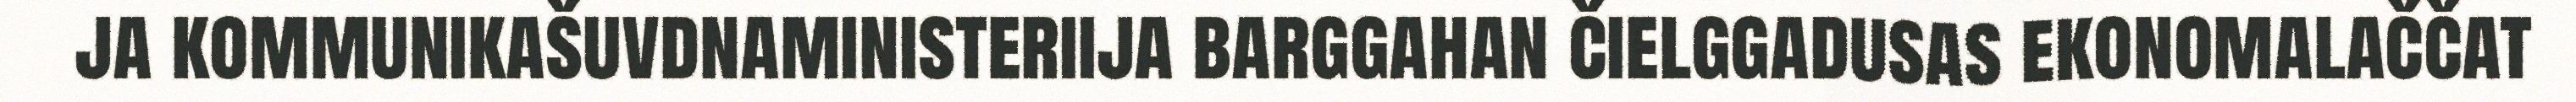
ja kommunikašuvdnaministeriija barggahan čielggadusas ekonomalaččat